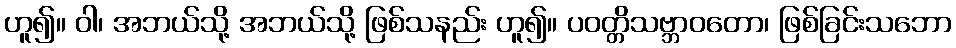
ဟူ၍။ ဝါ၊ အဘယ်သို့ အဘယ်သို့ ဖြစ်သနည်း ဟူ၍။ ပဝတ္တိသဗ္ဘာဝတော၊ ဖြစ်ခြင်းသဘော